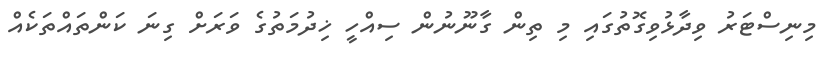
މިނިސްޓަރު ވިދާޅުވިގޮތުގައި މި ތިން ގާނޫނުން ސިއްހީ ޚިދުމަތުގެ ވަރަށް ގިނަ ކަންތައްތަކެއް